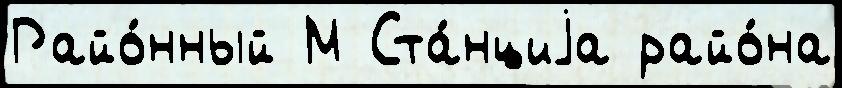
Райо́нный М Ста́нциjа райо́на